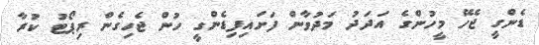
ޑެންގީ ޖެހޭ މީހުންގެ އަދަދު މަދުވާން ފަަށައިފިޑެންގީ ހުން ޖެހިގެން ރިޕޯޓު ކުރާ